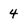
Character: 4